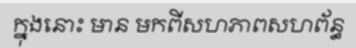
ក្នុងនោះ មាន មកពីសហភាពសហព័ន្ធ